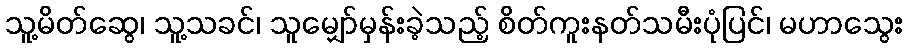
သူ့မိတ်ဆွေ၊ သူ့သခင်၊ သူမျှော်မှန်းခဲ့သည့် စိတ်ကူးနတ်သမီးပုံပြင်၊ မဟာသွေး